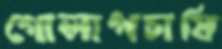
গোলাপচাষি